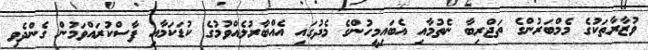
ވުޒާރާތަކުގެ މެމްބަރުންގެ ތަޖްރިބާ ނެތުމާއި އެބައިމީހުންގެ މެދުގައި އެއްބާރުލެއްވުމުގެ ކުޑަކަމާއި ފާސްކުރައްވަމުން ގެންދެވި